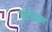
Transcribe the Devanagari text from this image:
बर्लेसन